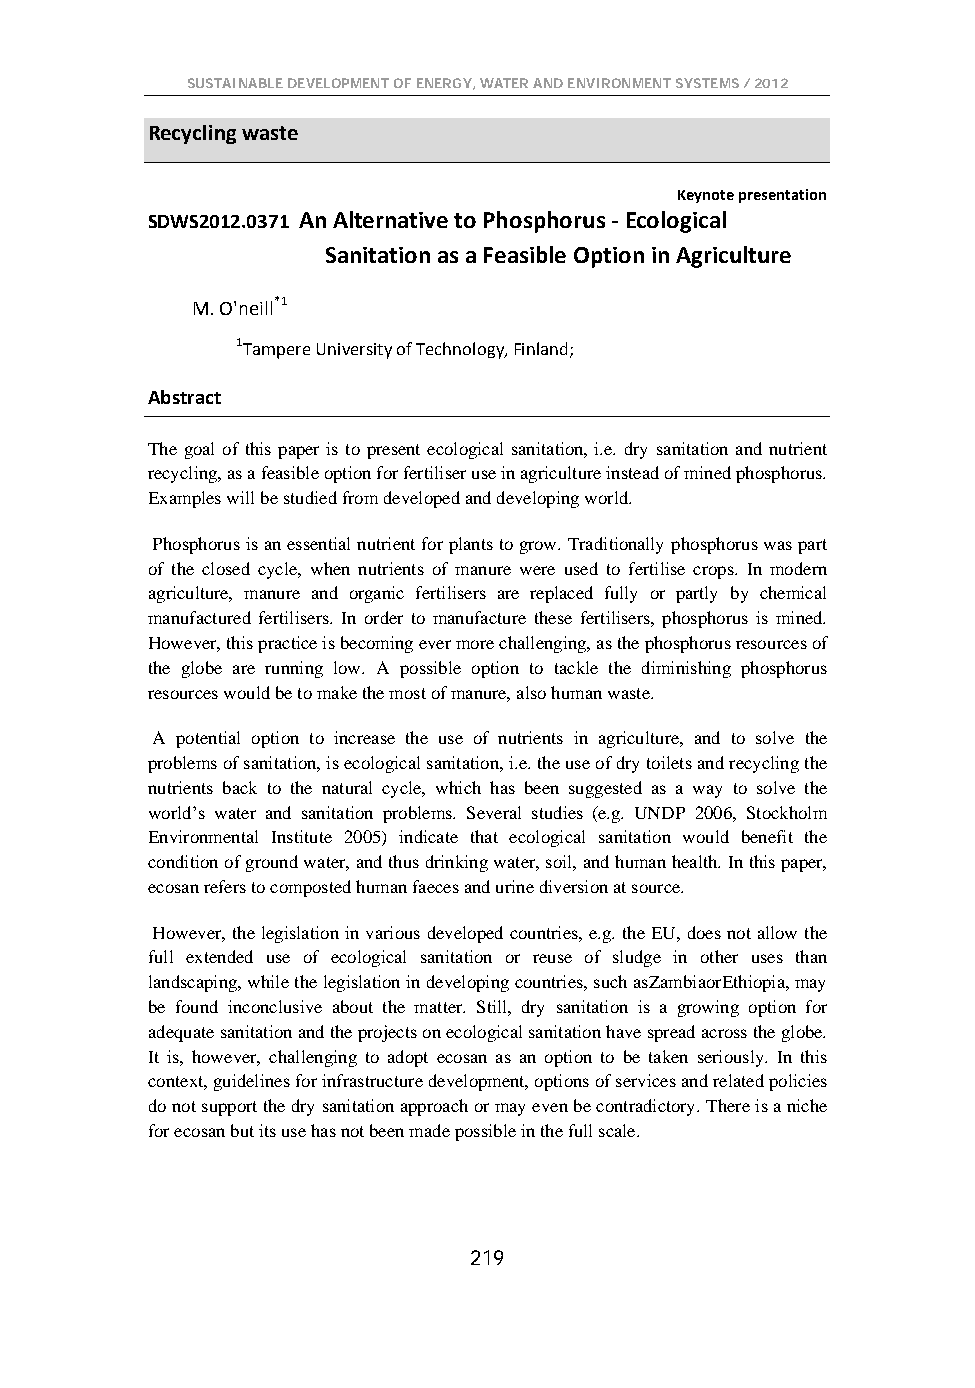
SUSTAINABLE DEVELOPMENT OF ENERGY, WATER AND ENVIRONMENT SYSTEMS / 2012
 Recycling waste
 Keynote presentation
 SDWS2012.0371 An Alternative to Phosphorus - Ecological
 Sanitation as a Feasible Option in Agriculture
 M. O'neill*1
 1Tampere University of Technology, Finland;
 Abstract
 The goal of this paper is to present ecological sanitation, i.e. dry sanitation and nutrient
 recycling, as a feasible option for fertiliser use in agriculture instead of mined phosphorus.
 Examples will be studied from developed and developing world.
 Phosphorus is an essential nutrient for plants to grow. Traditionally phosphorus was part
 of the closed cycle, when nutrients of manure were used to fertilise crops. In modern
 agriculture, manure and organic fertilisers are replaced fully or partly by chemical
 manufactured fertilisers. In order to manufacture these fertilisers, phosphorus is mined.
 However, this practice is becoming ever more challenging, as the phosphorus resources of
 the globe are running low. A possible option to tackle the diminishing phosphorus
 resources would be to make the most of manure, also human waste.
 A potential option to increase the use of nutrients in agriculture, and to solve the
 problems of sanitation, is ecological sanitation, i.e. the use of dry toilets and recycling the
 nutrients back to the natural cycle, which has been suggested as a way to solve the
 world’s water and sanitation problems. Several studies (e.g. UNDP 2006, Stockholm
 Environmental Institute 2005) indicate that ecological sanitation would benefit the
 condition of ground water, and thus drinking water, soil, and human health. In this paper,
 ecosan refers to composted human faeces and urine diversion at source.
 However, the legislation in various developed countries, e.g. the EU, does not allow the
 full extended use of ecological sanitation or reuse of sludge in other uses than
 landscaping, while the legislation in developing countries, such asZambiaorEthiopia, may
 be found inconclusive about the matter. Still, dry sanitation is a growing option for
 adequate sanitation and the projects on ecological sanitation have spread across the globe.
 It is, however, challenging to adopt ecosan as an option to be taken seriously. In this
 context, guidelines for infrastructure development, options of services and related policies
 do not support the dry sanitation approach or may even be contradictory. There is a niche
 for ecosan but its use has not been made possible in the full scale.
 219